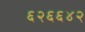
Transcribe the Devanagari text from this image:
६२६६४२